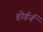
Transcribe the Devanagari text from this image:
होर्डर्न